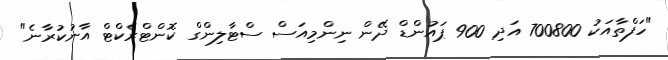
"ހަފްތާއަކު 700800 އަދި 900 ޕައުންޑް ދޭން ނިންމިއަސް ސްޓާލިންގް ކޮންޓްރެކްޓް އާނުކުރާނެ"